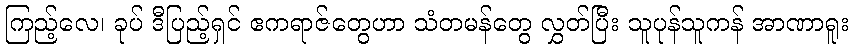
ကြည့်လေ၊ ခုပ် ဒီပြည့်ရှင် ဧကရာဇ်တွေဟာ သံတမန်တွေ လွှတ်ပြီး သူပုန်သူကန် အာဏာရူး